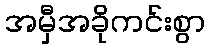
အမှီအခိုကင်းစွာ